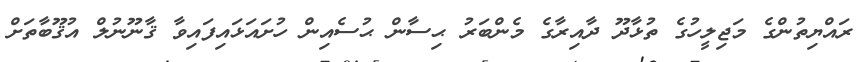
ރައްޔިތުންގެ މަޖިލީހުގެ ތުޅާދޫ ދާއިރާގެ މެންބަރު ޙިސާން ޙުސެއިން ހުށައަޅައިފައިވާ ޤާނޫނުލް އުޤޫބާތަށް